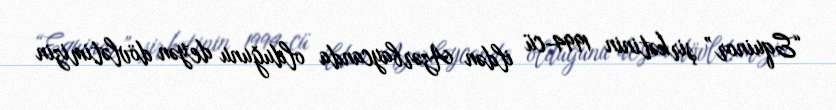
“Equinor” şirkətinin 1994-cü ildən Azərbaycanda olduğunu deyən dövlətimizin